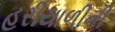
હરીયાળીની